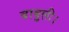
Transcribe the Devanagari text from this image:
बाबुली।